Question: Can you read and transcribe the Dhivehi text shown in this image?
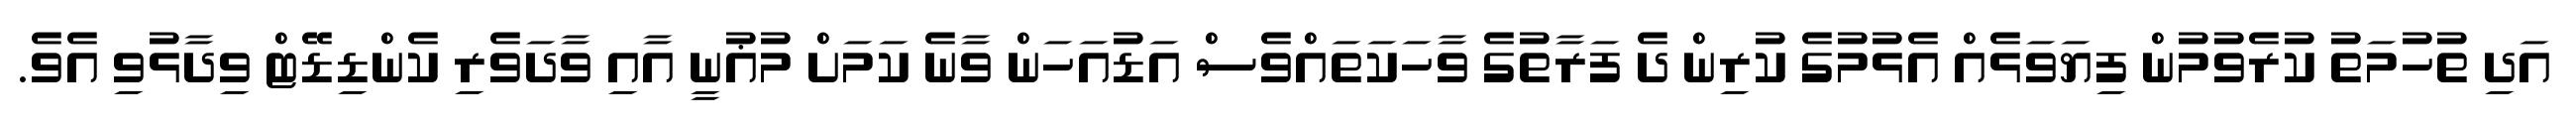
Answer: އަދި ތުހުމަތު ކުރެވުމުން ފިޔަވަޅެއް އެޅުމުގެ ކުރިން ދެ ފަރާތުގެ ވާހަކަތައްވެސް އަޑުއަހަން ވާނެ ކަމަށް މުޣުނީ އާއި ވާދަވެރި ކެންޑިޑޭޓް ވިދާޅުވި އެވެ.